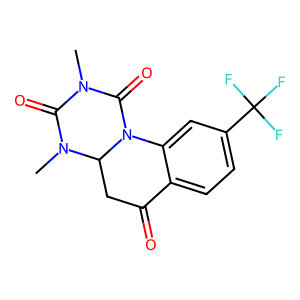
SMILES: CN1C(=O)N(C)C2CC(=O)c3ccc(C(F)(F)F)cc3N2C1=O
Inhibits HIV replication: No